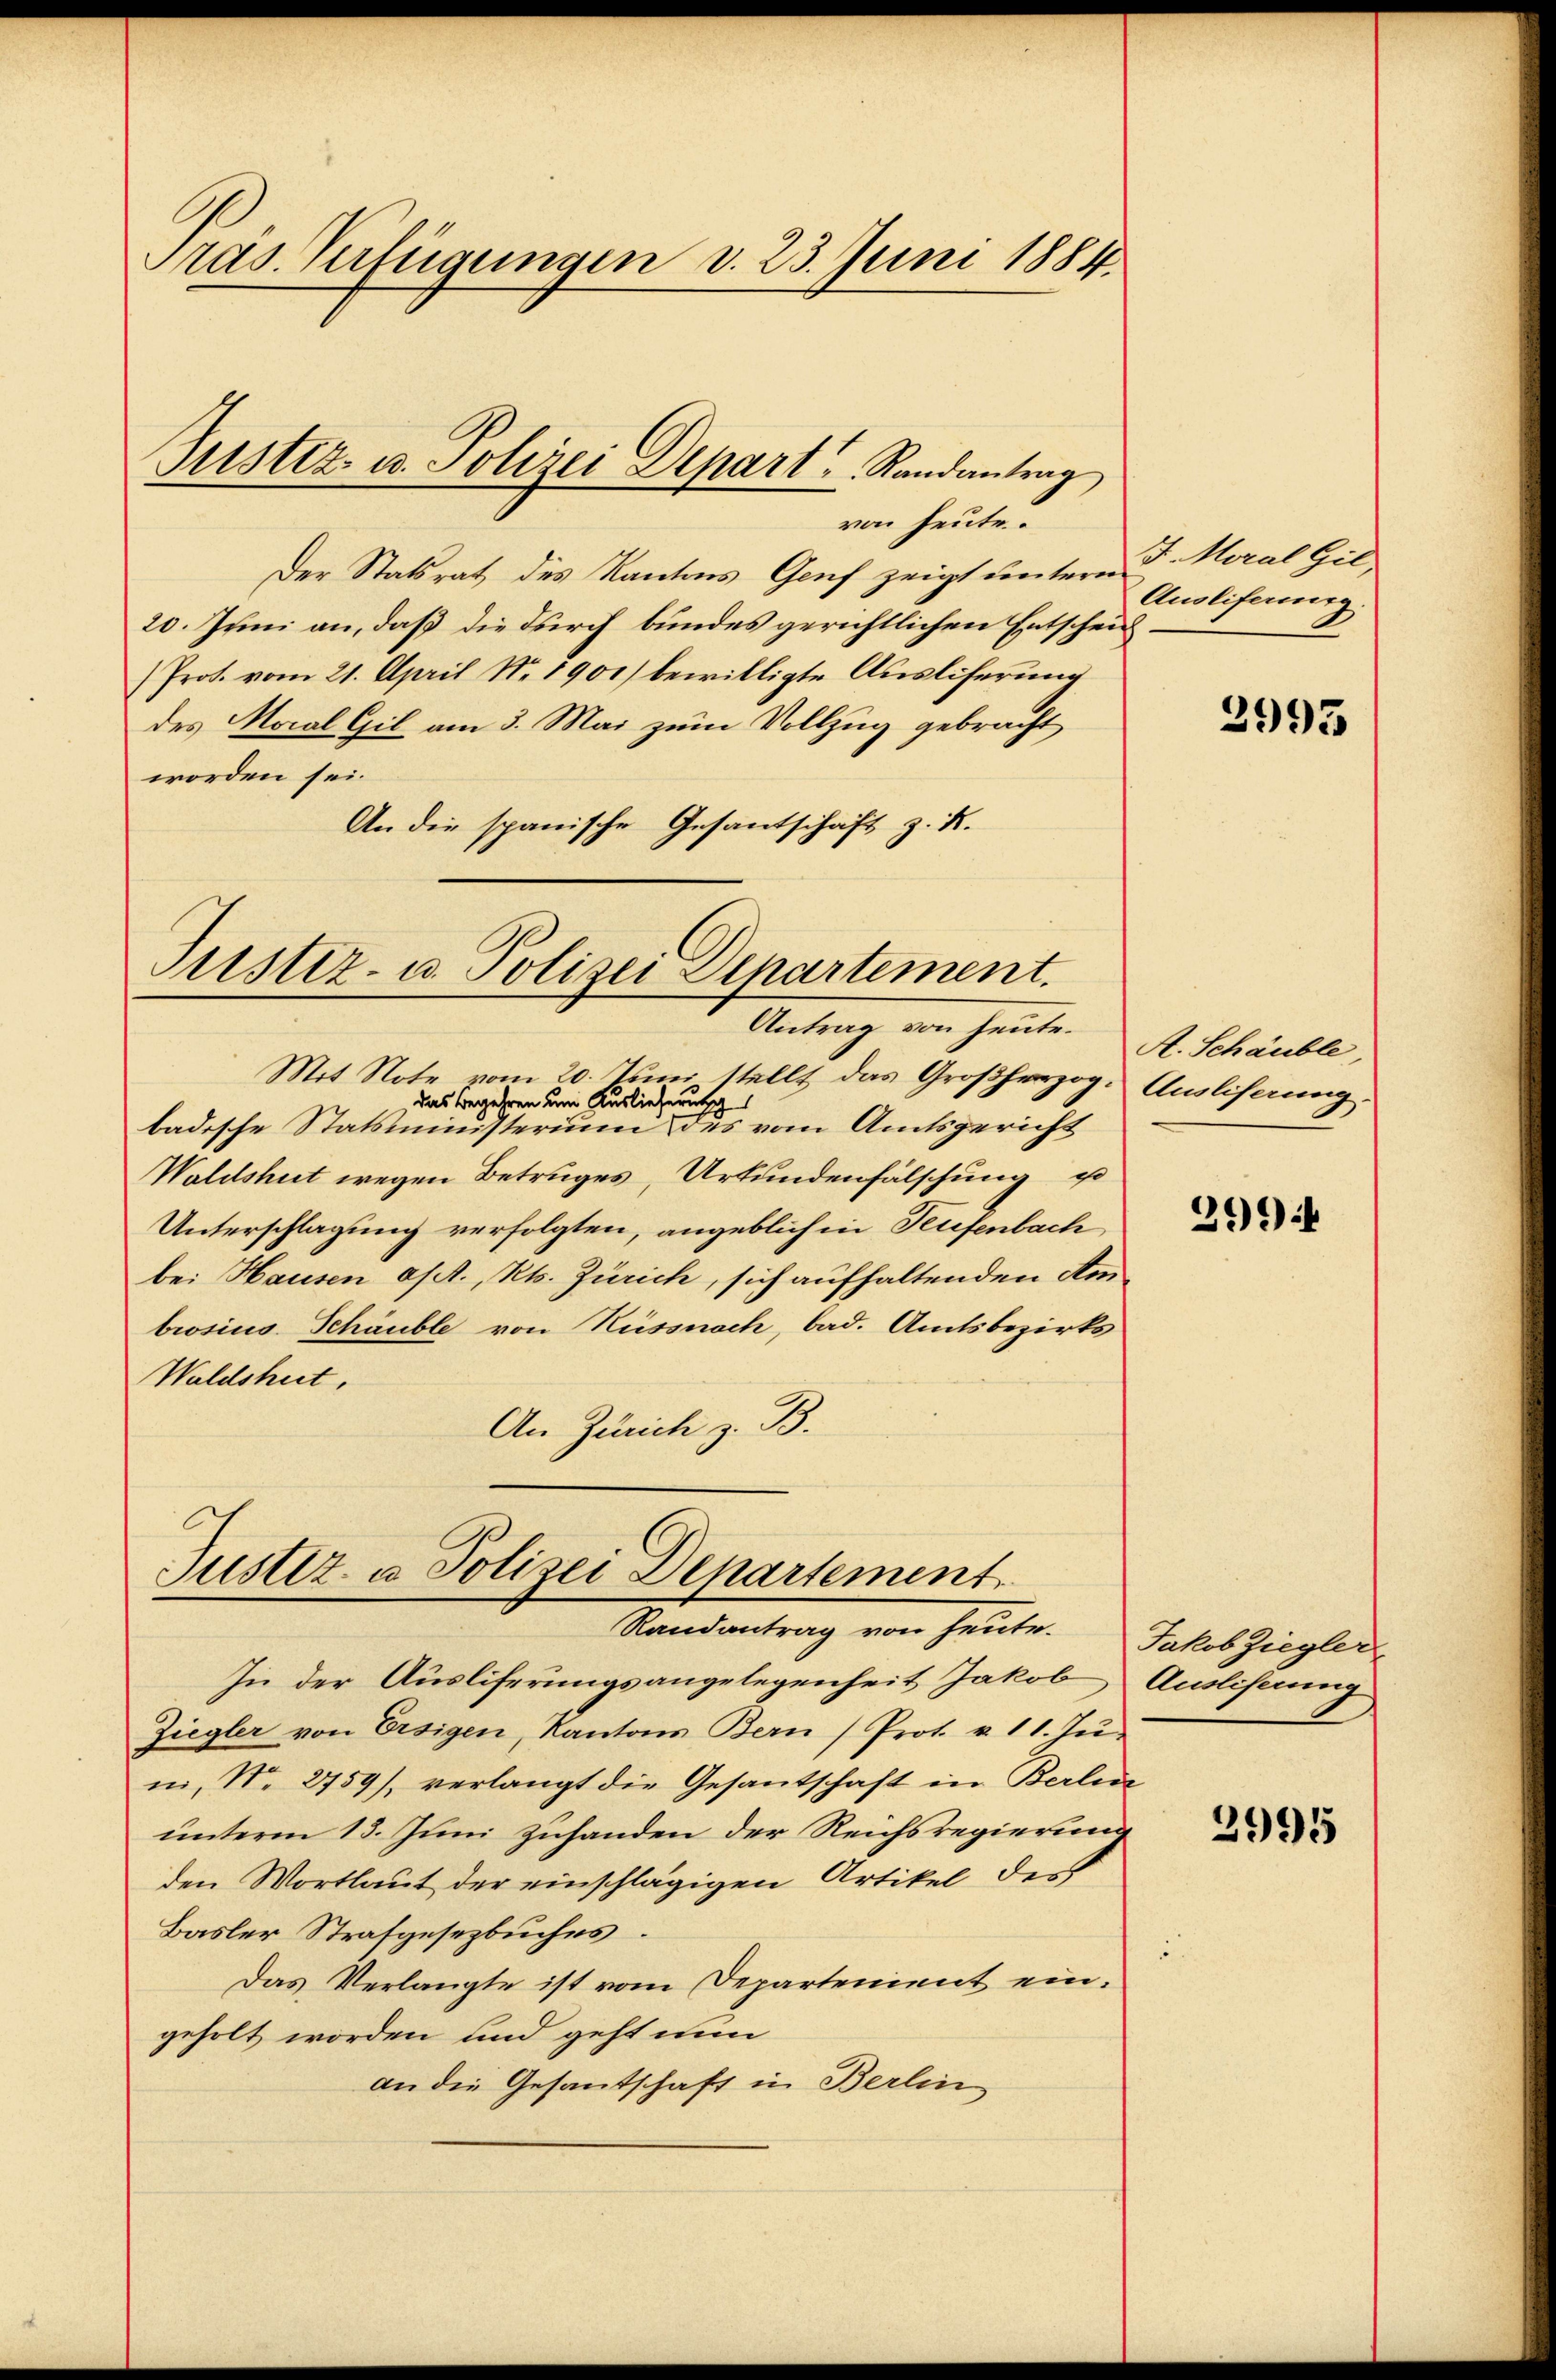
Pras. Verfügungen d. 23. Juni 1884.

von heute.
Der Statsrat des Kantons Genf zeigt unterm 3. Moral Hil
20. Juni an, daß die durch bundes gerichtlichen Entschei¬
Prot. vom 21. April Nr. 1901) bewilligte Ausliferung
des Moral Gil am 3. Mai zum Vollzug gebracht
worden sei.
An die spanische Gesantschaft z. K.

Justiz- u. Polizei Depart Randantrag

ristiz- u. Polizei Departement.
Antrag von heute.

Justiz- u Polizei Departement.
Randantrag von heute.

Mit Note vom 20. Juni stellt das Großherzog. Auslieferung
das Begehren um Auslieferung
badische Statsministerium des vom Amtsgericht
Waldshut wegen Betruges, Urkundenfälschung u
Unterschlagung verfolgten, angeblich in Teufenbach
bei Hausen a/A., Rt. Zürich, sich aufhaltenden Am
brosius. Schäuble von Küssnach, bad. Amtsbezirks
Waldshut,
An Zürich z. B.

Auslieferung

In der Ausliferungsangelegenheit Jakob Ausliferung,
Ziegler von Ersigen, Kantons Bern Prot. u. 11. Ju
in, No. 2759), verlangt die Gesantschaft in Berlie
unterm 13. Juni zuhanden der Reichsregierung
den Wortlaut der einschlägigen Artikel des
Basler Strafgesetzbuches
Das Verlangte ist vom Departement eingeholt worden und geht nun
an die Gesantschaft in Berlin

2995

A. Schäuble,

2994

Jakob Ziegler

3995